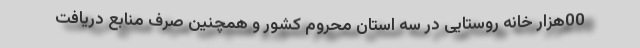
00هزار خانه روستایی در سه استان محروم کشور و همچنین صرف منابع دریافت